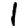
Digit: 1